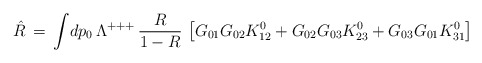
\begin{align*}\hat R\,=\,\int\!dp_0\,\Lambda^{+++}\,{R\over1-R}\,\left[G_{01}G_{02}K^0_{12}+G_{02}G_{03}K^0_{23}+G_{03}G_{01}K^0_{31}\right]\end{align*}